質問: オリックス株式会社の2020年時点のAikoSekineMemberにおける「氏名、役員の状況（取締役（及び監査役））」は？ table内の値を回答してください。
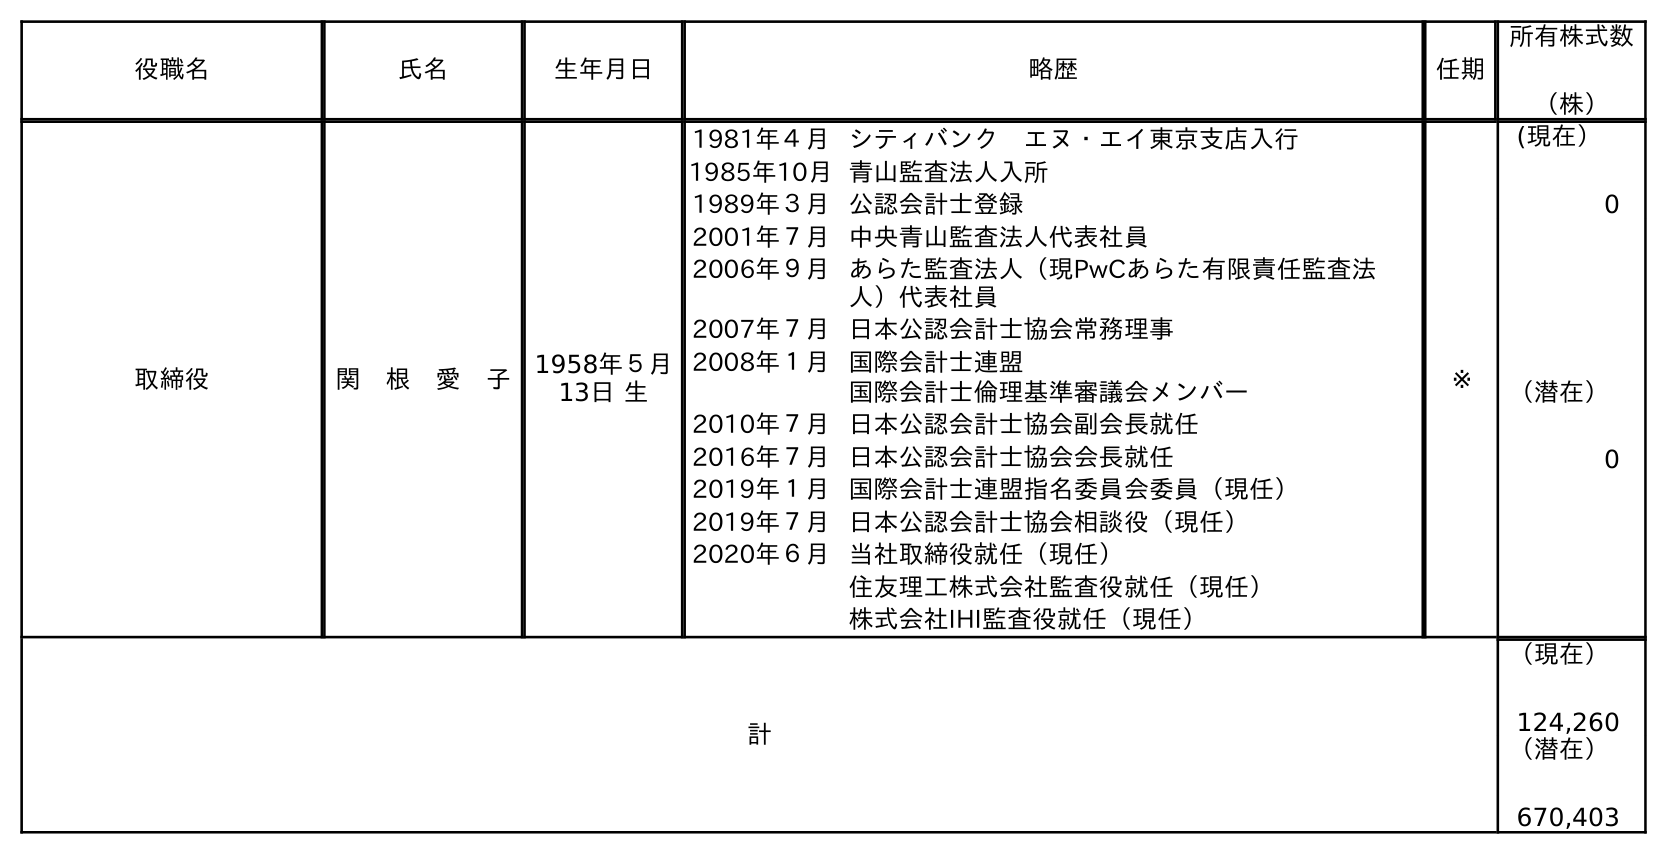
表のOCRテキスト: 役職名 氏名 生年月日 略歴 任期 所有株式数 （株） 取締役 関 根 愛 子 1958年５月 13日 生 1981年４月シティバンク エヌ・エイ東京支店入行 1985年10月青山監査法人入所 1989年３月公認会計士登録 2001年７月中央青山監査法人代表社員 2006年９月あらた監査法人（現PwCあらた有限責任監査法 人）代表社員 2007年７月日本公認会計士協会常務理事 2008年１月国際会計士連盟 国際会計士倫理基準審議会メンバー 2010年７月日本公認会計士協会副会長就任 2016年７月日本公認会計士協会会長就任 2019年１月国際会計士連盟指名委員会委員（現任） 2019年７月日本公認会計士協会相談役（現任） 2020年６月当社取締役就任（現任） 住友理工株式会社監査役就任（現任） 株式会社IHI監査役就任（現任） ※ (現在） 0 （潜在） 0 計 （現在） 124,260 （潜在） 670,403
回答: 関　根　愛　子